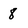
Character: 8